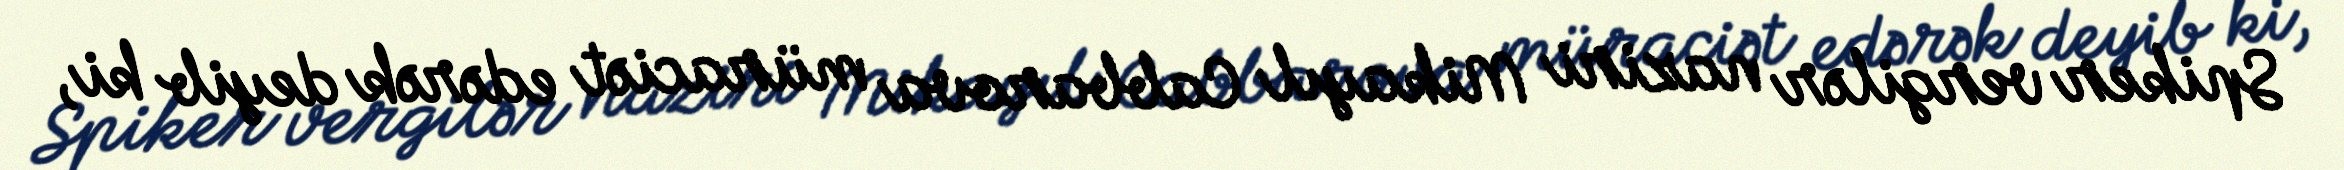
Spiker vergilər naziri Mikayıl Cabbarova müraciət edərək deyib ki,